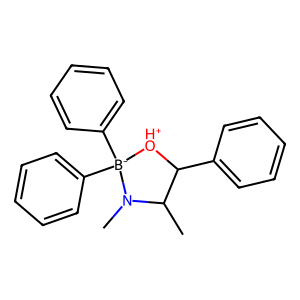
SMILES: CC1C(c2ccccc2)[OH+][B-](c2ccccc2)(c2ccccc2)N1C
Inhibits HIV replication: No